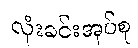
လုံးခင်းအုပ်စု